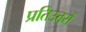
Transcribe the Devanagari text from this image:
प्रतिउत्तरों